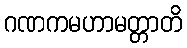
ဂဏကမဟာမတ္တာတိ